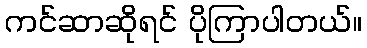
ကင်ဆာဆိုရင် ပိုကြာပါတယ်။